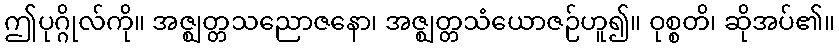
ဤပုဂ္ဂိုလ်ကို။ အဇ္ဈတ္တသညောဇနော၊ အဇ္ဈတ္တသံယောဇဉ်ဟူ၍။ ဝုစ္စတိ၊ ဆိုအပ်၏။